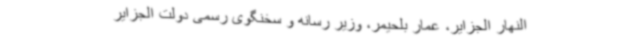
النهار الجزایر، عمار بلحیمر، وزیر رسانه و سخنگوی رسمی دولت الجزایر